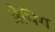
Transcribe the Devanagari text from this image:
प्रेयिंग